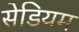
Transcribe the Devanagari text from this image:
सेडियम